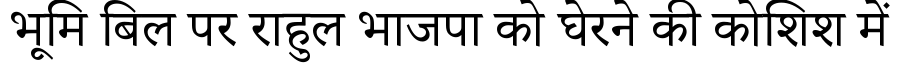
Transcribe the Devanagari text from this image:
भूमि बिल पर राहुल भाजपा को घेरने की कोशिश में